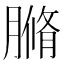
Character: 䐰